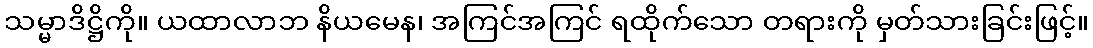
သမ္မာဒိဋ္ဌိကို။ ယထာလာဘ နိယမေန၊ အကြင်အကြင် ရထိုက်သော တရားကို မှတ်သားခြင်းဖြင့်။